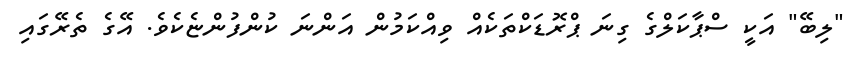
"ލިބޭ" އަކީ ސްޕާކަލްގެ ގިނަ ޕްރޮޑަކްތަކެއް ވިއްކަމުން އަންނަ ކުންފުންޏެކެވެ. އޭގެ ތެރޭގައި